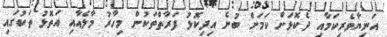
އަނިޔާވެރިކަމާއި ދެކޮޅަށް ކަމަށް ބުނެ އިދިކޮޅު ފަރާތްތަކުން މިހާރު މާލެއާއި އަތޮޅު ތަކުގައި